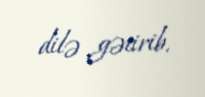
dilə gətirib.